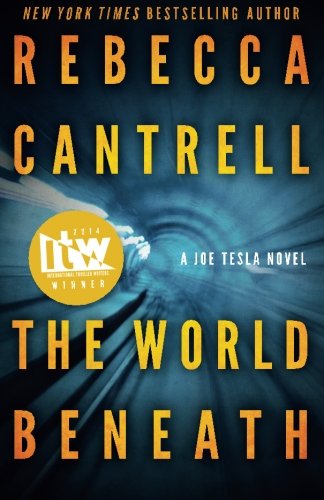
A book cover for The World Beneath (A Joe Tesla Novel) (Volume 1); Rebecca Cantrell; Mystery, Thriller & Suspense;